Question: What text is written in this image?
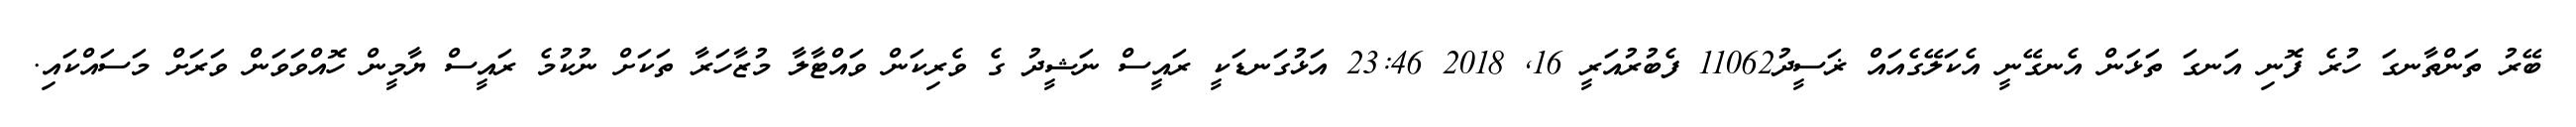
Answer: ބޭރު ތަންތާނގަ ހުރެ ފޮނި އަނގަ ތަޅަން އެނގޭނީ އެކަލޭގެއައް ޜަސީދު11062 ފެބުރުއަރީ 16, 2018 23:46 އަޅުގަނޑަކީ ރައީސް ނަޝީދު ގެ ވެރިކަން ވައްޓާލާ މުޒާހަރާ ތަކަށް ނުކުމެ ރައީސް ޔާމީން ހޮއްވަވަން ވަރަށް މަސައްކައި.